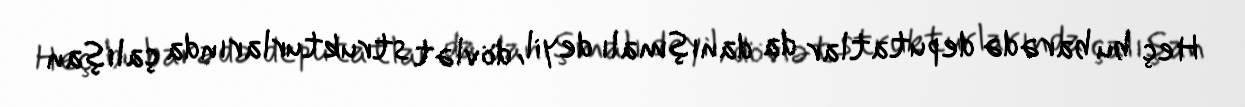
Heç bu barədə deputatlar da danışmalı deyil, dövlət strukturlarında çalışan